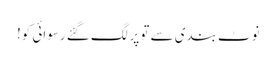
نوٹ بندی سے تو پر لگ گئے رسوائی کو!